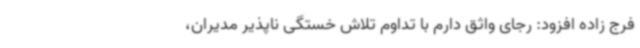
فرج زاده افزود: رجای واثق دارم با تداوم تلاش خستگی ناپذیر مدیران،